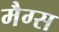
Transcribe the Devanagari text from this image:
मैग्स